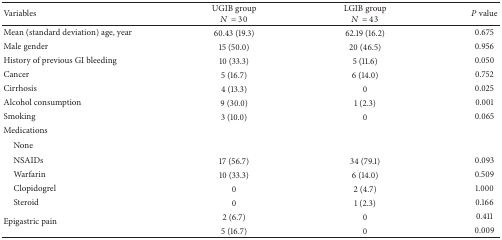
| Variables | UGIB groupN = 30 | LGIB groupN = 43 | P value |
 | --- | --- | --- | --- |
 | Mean (standard deviation) age, year | 60.43 (19.3) | 62.19 (16.2) | 0.675 |
 | Male gender | 15 (50.0) | 20 (46.5) | 0.956 |
 | History of previous GI bleeding | 10 (33.3) | 5 (11.6) | 0.050 |
 | Cancer | 5 (16.7) | 6 (14.0) | 0.752 |
 | Cirrhosis | 4 (13.3) | 0 | 0.025 |
 | Alcohol consumption | 9 (30.0) | 1 (2.3) | 0.001 |
 | Smoking | 3 (10.0) | 0 | 0.065 |
 | Medications |  |  |  |
 | None |  |  |  |
 | NSAIDs | 17 (56.7) | 34 (79.1) | 0.093 |
 | Warfarin | 10 (33.3) | 6 (14.0) | 0.509 |
 | Clopidogrel | 0 | 2 (4.7) | 1.000 |
 | Steroid | 0 | 1 (2.3) | 0.166 |
 | <ROWSPAN=2> Epigastric pain | 2 (6.7) | 0 | 0.411 |
 | 5 (16.7) | 0 | 0.009 |